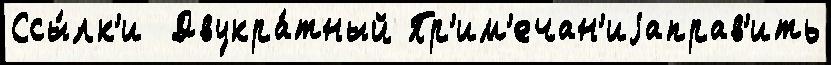
Ссы́лк'и  Двукра́тный Пр'им'ечан'иjаправ'ить